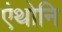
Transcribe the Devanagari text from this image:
एंथोनि